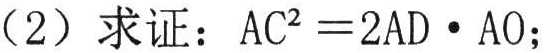
（2）求证：\(AC^{2}=2AD\cdot AO\)；